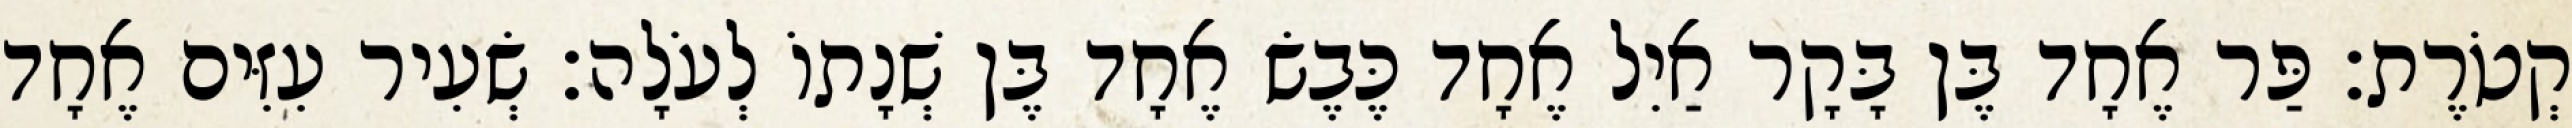
קְטֹרֶת׃ פַּר אֶחָד בֶּן בָּקָר אַיִל אֶחָד כֶּבֶשׂ אֶחָד בֶּן שְׁנָתוֹ לְעֹלָה׃ שְׂעִיר עִזִּים אֶחָד